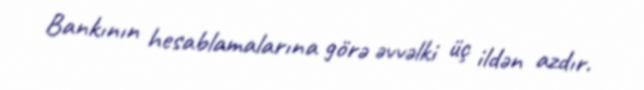
Bankının hesablamalarına görə əvvəlki üç ildən azdır.